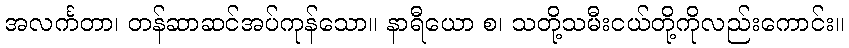
အလင်္ကတာ၊ တန်ဆာဆင်အပ်ကုန်သော။ နာရီယော စ၊ သတို့သမီးငယ်တို့ကိုလည်းကောင်း။